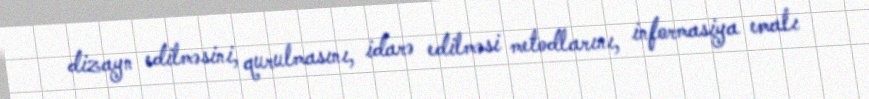
dizayn edilməsini, qurulmasını, idarə edilməsi metodlarını, informasiya emalı